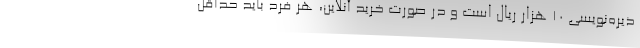
ذیره‌نویسی 10 هزار ریال است و در صورت خرید آنلاین، هر فرد باید حداقل